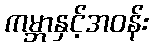
ကမ္ဘာနှင့်အဝန်း